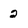
Character: 2